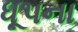
ધૂપના